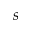
s